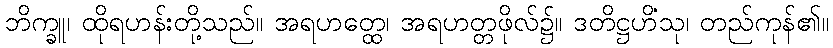
ဘိက္ခူ၊ ထိုရဟန်းတို့သည်။ အရဟတ္ထေ၊ အရဟတ္တဖိုလ်၌။ ဒတိဋ္ဌဟိံသု၊ တည်ကုန်၏။